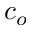
c _ { o }